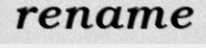
rename